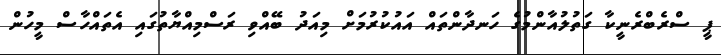
ޕީ ސްރެބްރެނީކާ ގަތުލުއާންމުގެ ހަނދާންތައް އައުކުރުމަށް މިއަދު ބޭއްވި ރަސްމިއްޔާތުގައި އެތައްހާސް މީހުން